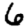
Digit: 6